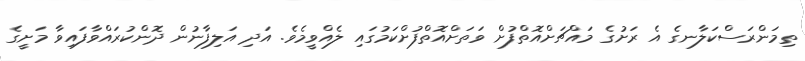
ތިމަންރަސްކަލާނގެ އެ ރަށުގެ މައްޗަށްއޮތްފުށް ވަތަށްއޮތްފުށްކަމުގައި ލެއްވީމެވެ. އަދި އަލިފާނުން ދޮންކުރައްވާފައިވާ މަށީގެ